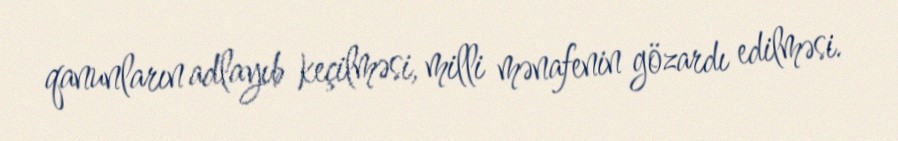
qanunların adlayıb keçilməsi, milli mənafenin gözardı edilməsi.